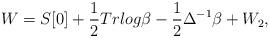
LaTeX: \begin{align*}W = S[0] + \frac{1}{2} Tr log \beta - \frac{1}{2} \Delta^{-1} \beta +W_2,\end{align*}